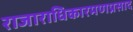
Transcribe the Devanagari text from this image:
राजाराधिकारमणप्रसाद